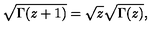
\sqrt { \Gamma ( z + 1 ) } = \sqrt z \sqrt { \Gamma ( z ) } ,